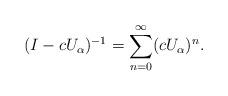
LaTeX: \begin{align*}(I-cU_\alpha)^{-1}=\sum_{n=0}^\infty (cU_\alpha)^n.\end{align*}